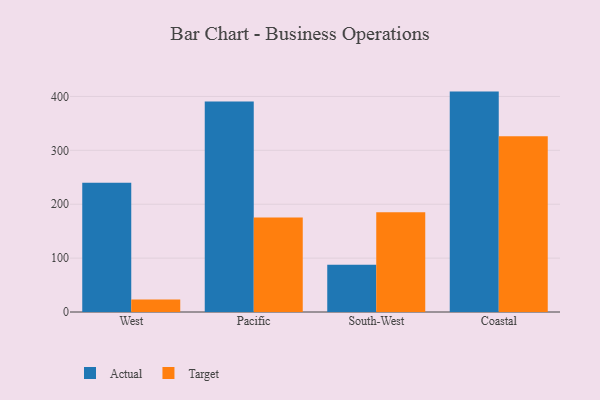
{"axis": {"x": "Region", "y": "Customer Acquisition Cost (USD)"}, "legend": ["Actual", "Target"], "data": [{"x": "West", "y": 240.0, "type": "Actual"}, {"x": "West", "y": 23.1, "type": "Target"}, {"x": "Pacific", "y": 390.8, "type": "Actual"}, {"x": "Pacific", "y": 175.2, "type": "Target"}, {"x": "South-West", "y": 87.8, "type": "Actual"}, {"x": "South-West", "y": 185.1, "type": "Target"}, {"x": "Coastal", "y": 409.0, "type": "Actual"}, {"x": "Coastal", "y": 326.3, "type": "Target"}]}